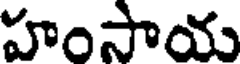
హంసాయ